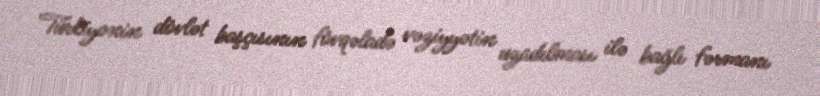
Türkiyənin dövlət başçısının fövqəladə vəziyyətin uzadılması ilə bağlı fərmanı